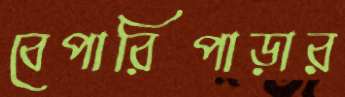
বেপারিপাড়ার